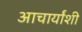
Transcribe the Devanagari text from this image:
आचार्यांशी